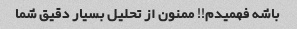
باشه فهمیدم!! ممنون از تحلیل بسیار دقیق شما